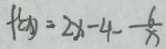
f ^ { \prime } ( x ) = 2 x - 4 - \frac { 6 } { x }